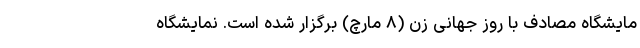
مایشگاه مصادف با روزِ جهانی زن (۸ مارچ) برگزار شده است. نمایشگاهِ